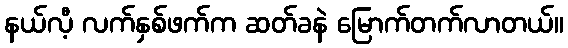
နယ်လီ့ လက်နှစ်ဖက်က ဆတ်ခနဲ မြောက်တက်လာတယ်။